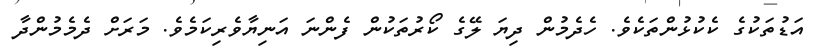
އަޑުތަކުގެ ކެކުޅުންތަކެވެ. ހެދެމުން ދިޔަ ލޭގެ ކޯރުތަކުން ފެންނަ އަނިޔާވެރިކަމެވެ. މަރަށް ދެމެމުންދާ